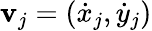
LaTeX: \textbf{v}_{j}=\left(\dot{x}_{j},\dot{y}_{j}\right)